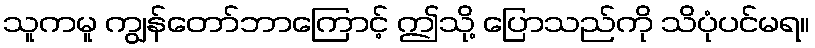
သူကမူ ကျွန်တော်ဘာကြောင့် ဤသို့ ပြောသည်ကို သိပုံပင်မရ။